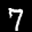
Digit: 7